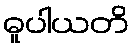
ဓူပါယတိ